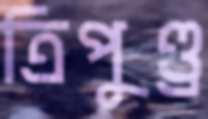
ত্রিপুণ্ড্র